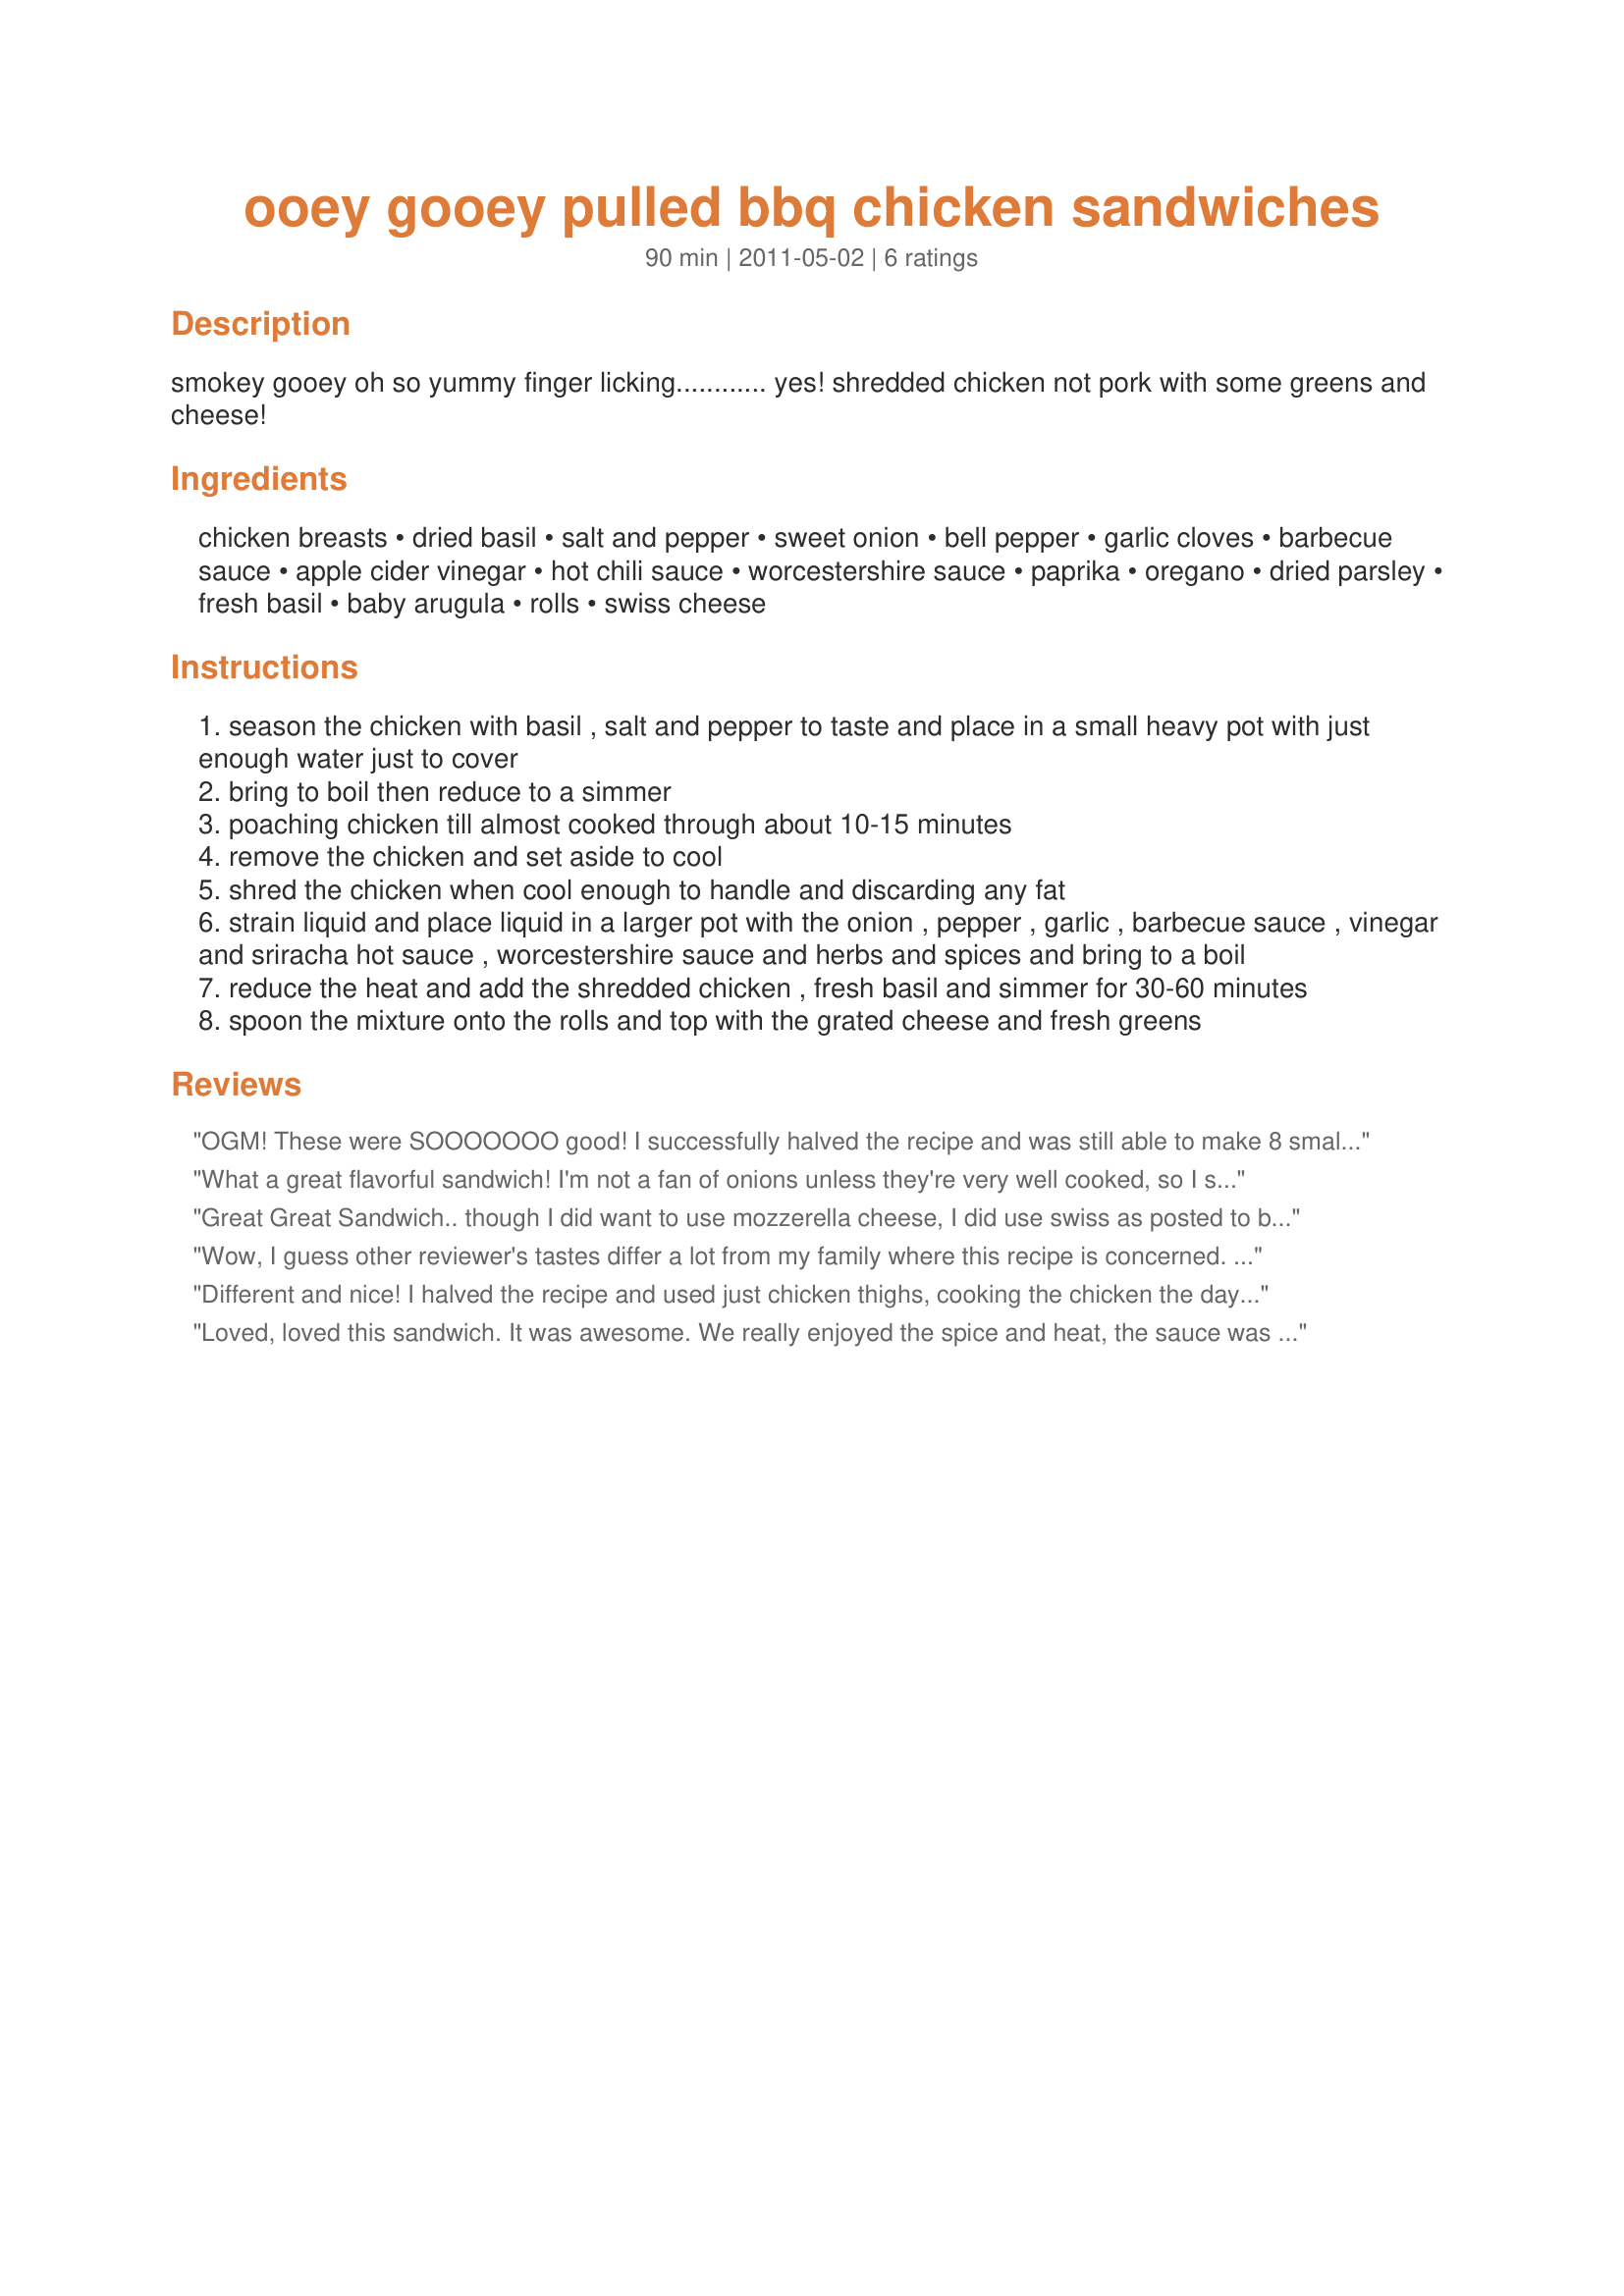
ooey gooey pulled bbq chicken sandwiches
Preparation time: 90 minutes

smokey gooey oh so yummy finger licking............
yes! shredded chicken not pork with some greens and cheese!

Ingredients:
chicken breasts, dried basil, salt and pepper, sweet onion, bell pepper, garlic cloves, barbecue sauce, apple cider vinegar, hot chili sauce, worcestershire sauce, paprika, oregano, dried parsley, fresh basil, baby arugula, rolls, swiss cheese

Steps:
season the chicken with basil , salt and pepper to taste and place in a small heavy pot with just enough water just to cover
bring to boil then reduce to a simmer
poaching chicken till almost cooked through about 10-15 minutes
remove the chicken and set aside to cool
shred the chicken when cool enough to handle and discarding any fat
strain liquid and place liquid in a larger pot with the onion , pepper , garlic , barbecue sauce , vinegar and sriracha hot sauce , worcestershire sauce and herbs and spices and bring to a boil
reduce the heat and add the shredded chicken , fresh basil and simmer for 30-60 minutes
spoon the mixture onto the rolls and top with the grated cheese and fresh greens

Reviews:
OGM! These were SOOOOOOO good! I successfully halved the recipe and was still able to make 8 small sandwiches. The only change I made was to season the chicken with poultry seasoning. Followed the recipe for the rest of the steps! Thanks so much for sharing! Will def make again!
What a great flavorful sandwich! I'm not a fan of onions unless they're very well cooked, so I sauteed them a bit in the pan before adding the rest of the sauce ingredients. Loved the bold sweet and spicy sauce and I thought it was a great idea to use some of the chicken cooking broth to thin it out a bit. The creamy swiss cheese and nutty arugula added a nice flavor and texture dimension. I used sliced lowfat swiss and served on thick slices of toasted french bread. Great recipe - thanks for sharing it and good luck in the contest!
Great Great Sandwich.. though I did want to use mozzerella cheese, I did use swiss as posted to be fair on reviewing this. Loved the spice combination, not overpowering, but very nice. The sauce was excellent, as it went very well here. Many congrats on your creation, and good luck in the contest.
Wow, I guess other reviewer's tastes differ a lot from my family where this recipe is concerned. Normally, I would give it no stars since I'm rating it low due to our tastes but since it is a contest recipe I have to give it a starred review. I halved the recipe and it made a lot. But with 3 adults, we took a few bites each and didn't want any more. Unfortunately, none of us liked it and I had to discard the leftovers. First of all the basil and sriracha didn't go with the barbecue sauce (I used Sweet Baby Ray's original), it had a very odd flavor. Second the Swiss cheese and arugula didn't pair well with it. It was easy to make, sounded like a good idea and sure did smell good but I guess it just wasn't for us sorry.
Different and nice! I halved the recipe and used just chicken thighs, cooking the chicken the day before I needed it. I left the juices in the fridge overnight so I could easily remove the fat from the top when I finished it the next day. The only thing I changed was dried instead of fresh basil (about 1 tsp) and I cooked the sauce for 45 min. to thicken before adding the chicken for another 15 min. to just heat it through (I didn't want the chicken to get overcooked). Next time I would cook the sauce for at least 60 min. before adding the chicken as the sauce was still too thin for my taste. Oh, I also didn't have swiss cheese so used marbled cheddar. This was good with baked beans on the side. With the last of the leftovers, I ended up making a quesadilla and I think I liked it even better than as a sandwich. Thanks for sharing and good luck in the contest!
Loved, loved this sandwich. It was awesome. We really enjoyed the spice and heat, the sauce was nice but too much vinegar overpowered the BBQ sauce for us, next time I will decrease the amount (personal preference only). The meat was tender and so flavorful. Good use of the contest ingredients, good luck in the contest. This certainly was ooey, goey good.
